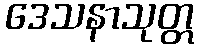
ဒေသနာသုတ္တ